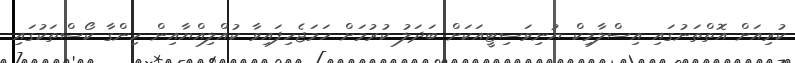
ކުރިއަށް އޮތްތަނުގައި އިސްލާމިކް ޔުނިވަސިޓީއަކަށް ބަދަލު ކުރުމަށް ހަމަޖެހިފައިވާ ކުއްލިއްޔާއިން ހިންގާ ކޯސްތަކުގައި